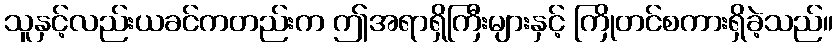
သူနှင့်လည်းယခင်ကတည်းက ဤအရာရှိကြီးများနှင့် ကြိုတင်စကားရှိခဲ့သည်။